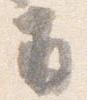
并